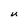
Character: U